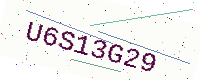
Text: U6S13G29